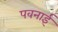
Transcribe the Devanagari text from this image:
पवनाई